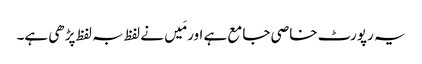
یہ رپورٹ خاصی جامع ہے اور مَیں نے لفظ بہ لفظ پڑھی ہے۔